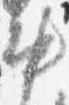
中